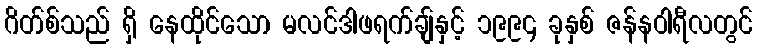
ဂိတ်စ်သည် ရှိ နေထိုင်သော မလင်ဒါဖရက်ချ်နှင့် ၁၉၉၄ ခုနှစ် ဇန်နဝါရီလတွင်